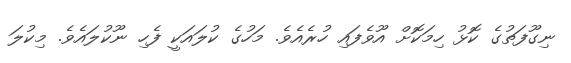
ނިގޫފަތުގެ ކޮޅު ހިމަކޮށް އޫވެފައި ހުރެއެވެ. މަހުގެ ކުލައަކީ ފެހި ނޫކުލައެވެ. މިކުލަ